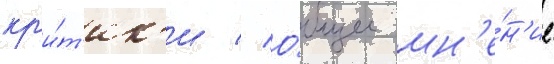
кр'и́т'ик'и // О́бщее мн'е́н'ие